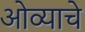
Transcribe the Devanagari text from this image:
ओव्याचे